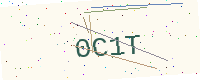
Text: 0C1T